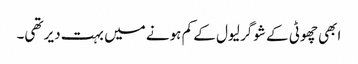
ابھی چھوٹی کے شوگر لیول کے کم ہونے میں بہت دیر تھی۔